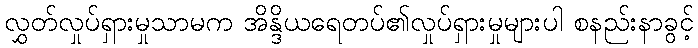
လွှတ်လှုပ်ရှားမှုသာမက အိန္ဒိယရေတပ်၏လှုပ်ရှားမှုများပါ စနည်းနာခွင့်